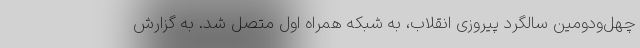
چهل‌ودومین سالگرد پیروزی انقلاب، به شبکه همراه اول متصل شد. به گزارش